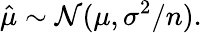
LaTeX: {\hat{\mu}}\sim{\mathcal{N}}(\mu,\sigma^{2}/n).